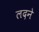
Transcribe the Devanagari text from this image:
लदने